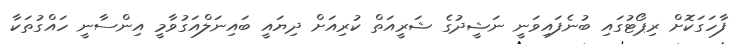
ފާހަގަކޮށް ރިޕޯޓުގައި ބުނެފައިވަނީ ނަޝީދުގެ ޝަރީއަތް ކުރިއަށް ދިޔައީ ބައިނަލްއަގުވާމީ އިންސާނީ ހައްގުތަކާ